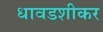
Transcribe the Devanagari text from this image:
धावडशीकर